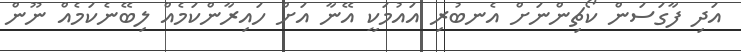
އަދި ފާގަސަން ކޯޗިންނަށް އެނބުރި އައުމަކީ އޭނާ އަށް ހައިރާންކަމެއް ލިބޭނެކަމެއް ނޫން